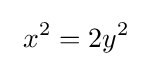
\ x^{2}=2y^{2}~